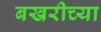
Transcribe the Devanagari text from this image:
बखरीच्या